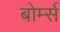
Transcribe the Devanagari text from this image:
बोर्म्स